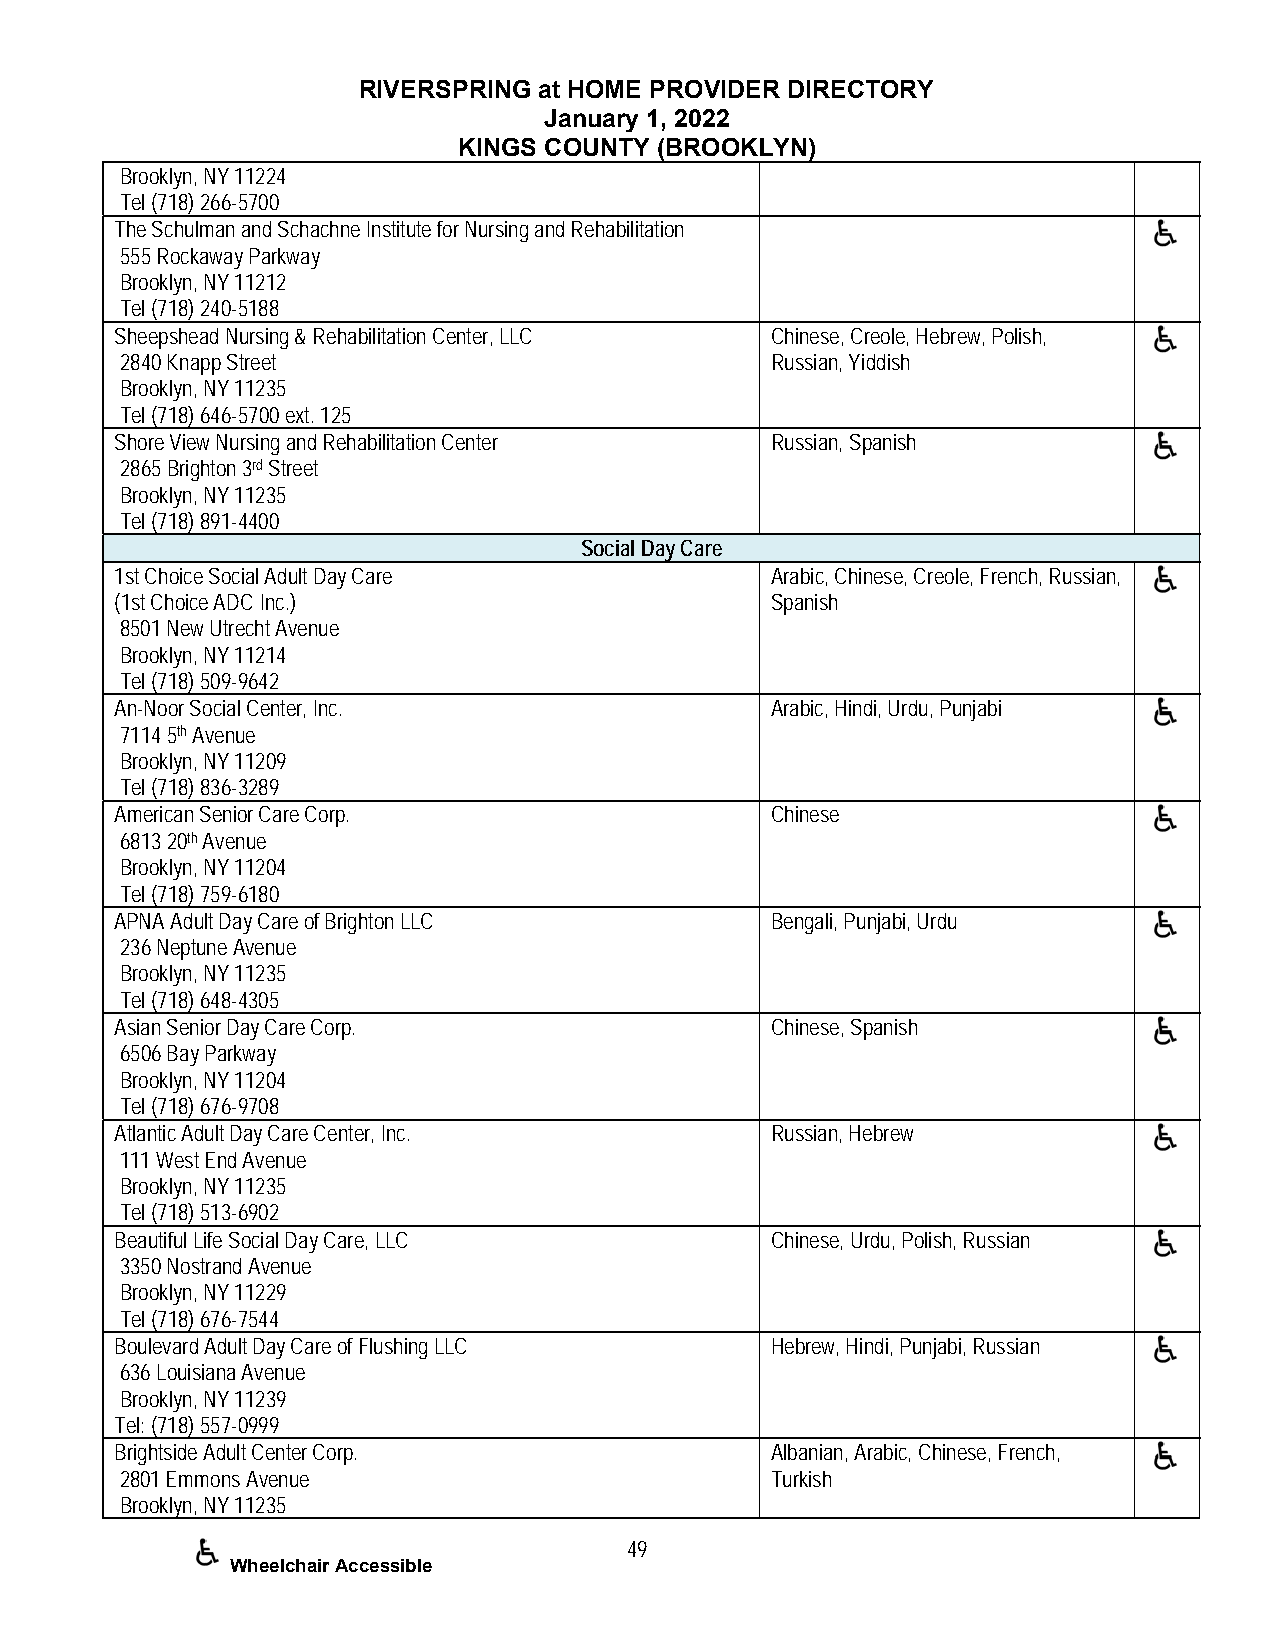
RIVERSPRING at HOME PROVIDER DIRECTORY
 January 1, 2022
 KINGS COUNTY (BROOKLYN)
 Brooklyn, NY 11224
 Tel (718) 266-5700
 The Schulman and Schachne Institute for Nursing and Rehabilitation
 555 Rockaway Parkway
 Brooklyn, NY 11212
 Tel (718) 240-5188
 Sheepshead Nursing & Rehabilitation Center, LLC Chinese, Creole, Hebrew, Polish,
 2840 Knapp Street                          Russian, Yiddish
 Brooklyn, NY 11235
 Tel (718) 646-5700 ext. 125
 Shore View Nursing and Rehabilitation Center Russian, Spanish
 2865 Brighton 3rd Street
 Brooklyn, NY 11235
 Tel (718) 891-4400
 Social Day Care
 1st Choice Social Adult Day Care           Arabic, Chinese, Creole, French, Russian,
 (1st Choice ADC Inc.)                      Spanish
 8501 New Utrecht Avenue
 Brooklyn, NY 11214
 Tel (718) 509-9642
 An-Noor Social Center, Inc.                Arabic, Hindi, Urdu, Punjabi
 7114 5th Avenue
 Brooklyn, NY 11209
 Tel (718) 836-3289
 American Senior Care Corp.                 Chinese
 6813 20th Avenue
 Brooklyn, NY 11204
 Tel (718) 759-6180
 APNA Adult Day Care of Brighton LLC        Bengali, Punjabi, Urdu
 236 Neptune Avenue
 Brooklyn, NY 11235
 Tel (718) 648-4305
 Asian Senior Day Care Corp.                Chinese, Spanish
 6506 Bay Parkway
 Brooklyn, NY 11204
 Tel (718) 676-9708
 Atlantic Adult Day Care Center, Inc.       Russian, Hebrew
 111 West End Avenue
 Brooklyn, NY 11235
 Tel (718) 513-6902
 Beautiful Life Social Day Care, LLC        Chinese, Urdu, Polish, Russian
 3350 Nostrand Avenue
 Brooklyn, NY 11229
 Tel (718) 676-7544
 Boulevard Adult Day Care of Flushing LLC   Hebrew, Hindi, Punjabi, Russian
 636 Louisiana Avenue
 Brooklyn, NY 11239
 Tel: (718) 557-0999
 Brightside Adult Center Corp.              Albanian, Arabic, Chinese, French,
 2801 Emmons Avenue                         Turkish
 Brooklyn, NY 11235
 49
 Wheelchair Accessible